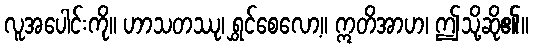
လူအပေါင်းကို။ ဟာသတဿု၊ ရွှင်စေလော့။ ဣတိအာဟ၊ ဤသို့ဆို၏။